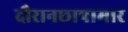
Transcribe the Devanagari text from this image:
दौरानछापामार